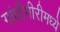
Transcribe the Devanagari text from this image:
गांधीगीरीमध्ये